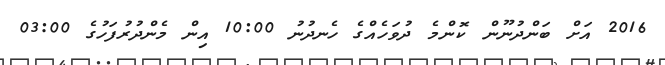
2016 އަށް ބަންދުނޫން ކޮންމެ ދުވަހެއްގެ ހެނދުނު 10:00 އިން މެންދުރުފަހުގެ 03:00